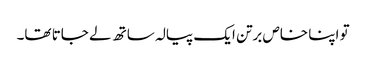
تو اپنا خاص برتن ایک پیالہ ساتھ لے جاتا تھا۔